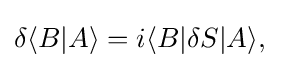
\delta \langle B|A\rangle =i\langle B|\delta S|A\rangle ,\